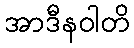
အာဒီနဝါတိ